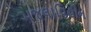
મજલાવિહીન